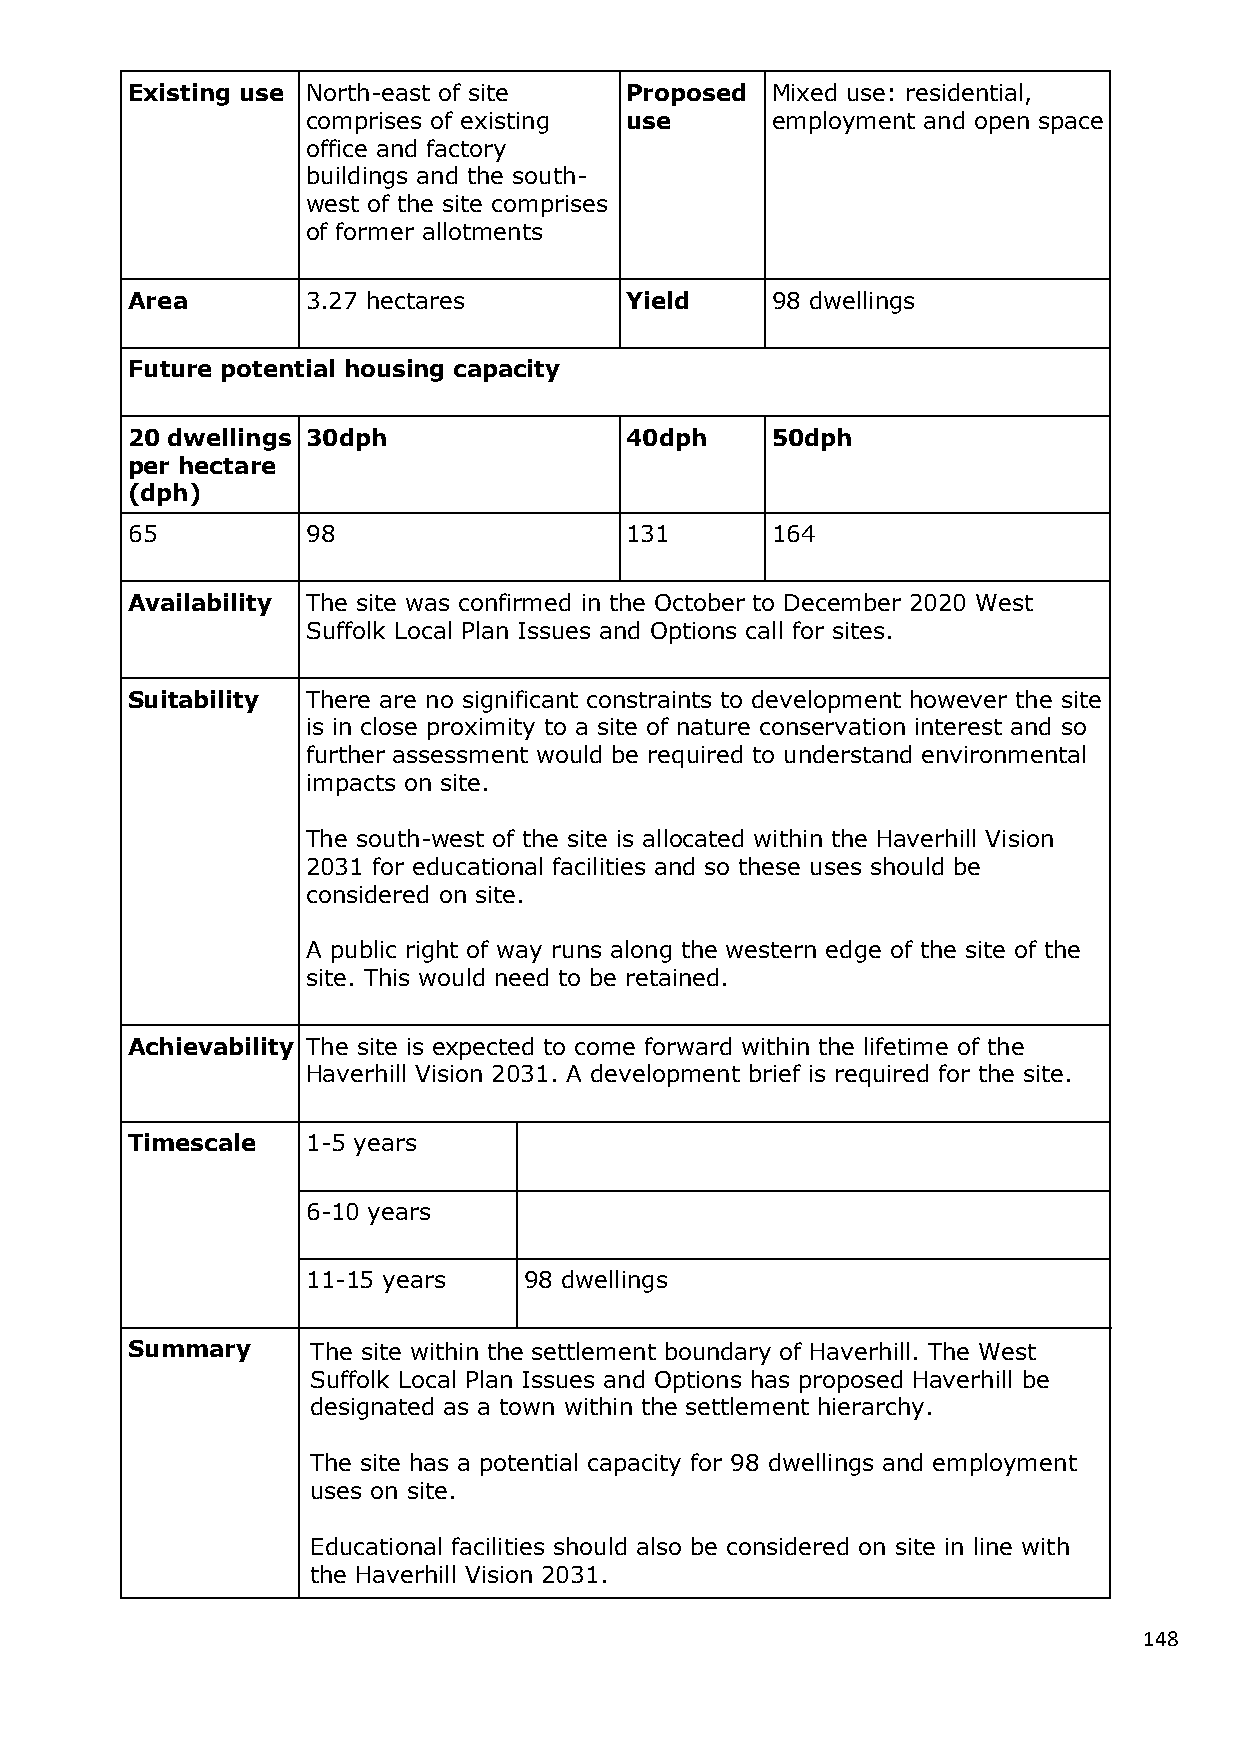
Existing use North-east of site  Proposed  Mixed use: residential,
 comprises of existing use      employment and open space
 office and factory
 buildings and the south-
 west of the site comprises
 of former allotments
 Area        3.27 hectares        Yield     98 dwellings
 Future potential housing capacity
 20 dwellings 30dph               40dph     50dph
 per hectare
 (dph)
 65          98                   131       164
 Availability The site was confirmed in the October to December 2020 West
 Suffolk Local Plan Issues and Options call for sites.
 Suitability There are no significant constraints to development however the site
 is in close proximity to a site of nature conservation interest and so
 further assessment would be required to understand environmental
 impacts on site.
 The south-west of the site is allocated within the Haverhill Vision
 2031 for educational facilities and so these uses should be
 considered on site.
 A public right of way runs along the western edge of the site of the
 site. This would need to be retained.
 Achievability The site is expected to come forward within the lifetime of the
 Haverhill Vision 2031. A development brief is required for the site.
 Timescale   1-5 years
 6-10 years
 11-15 years    98 dwellings
 Summary      The site within the settlement boundary of Haverhill. The West
 Suffolk Local Plan Issues and Options has proposed Haverhill be
 designated as a town within the settlement hierarchy.
 The site has a potential capacity for 98 dwellings and employment
 uses on site.
 Educational facilities should also be considered on site in line with
 the Haverhill Vision 2031.
 148